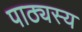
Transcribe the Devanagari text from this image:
पाठ्यस्य